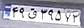
۴۹ق۳۹۵۷۲